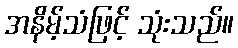
အနိမ့်သံဖြင့် သုံးသည်။